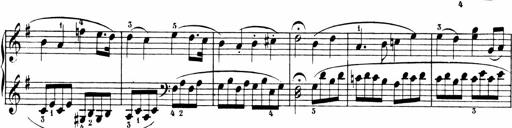
Title: 6 Sonatinas
Composer: Carl Reinecke